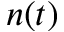
n ( t )